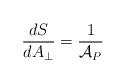
LaTeX: \begin{align*}{dS\over dA_\perp} = {1\over {\cal A}_P} \end{align*}